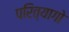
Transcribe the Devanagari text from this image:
परित्यागो